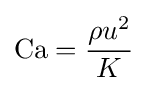
\mathrm {Ca} ={\frac {\rho u^{2}}{K}}